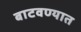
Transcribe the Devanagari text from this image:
बाटवण्यात